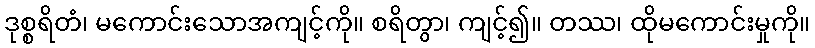
ဒုစ္စရိတံ၊ မကောင်းသောအကျင့်ကို။ စရိတွာ၊ ကျင့်၍။ တဿ၊ ထိုမကောင်းမှုကို။